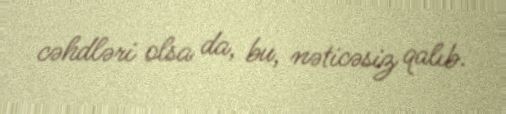
cəhdləri olsa da, bu, nəticəsiz qalıb.